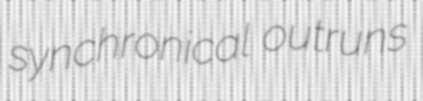
synchronical outruns